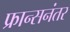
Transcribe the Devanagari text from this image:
फ्रान्सनंतर